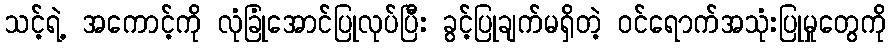
သင့်ရဲ့ အကောင့်ကို လုံခြုံအောင်ပြုလုပ်ပြီး ခွင့်ပြုချက်မရှိတဲ့ ဝင်ရောက်အသုံးပြုမှုတွေကို